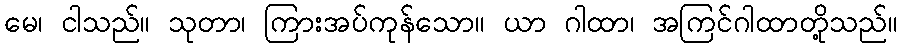
မေ၊ ငါသည်။ သုတာ၊ ကြားအပ်ကုန်သော။ ယာ ဂါထာ၊ အကြင်ဂါထာတို့သည်။